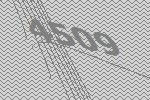
4509